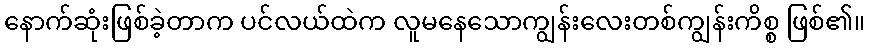
နောက်ဆုံးဖြစ်ခဲ့တာက ပင်လယ်ထဲက လူမနေသောကျွန်းလေးတစ်ကျွန်းကိစ္စ ဖြစ်၏။